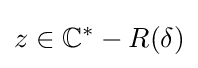
z\in \mathbb {C} ^{*}-R(\delta )